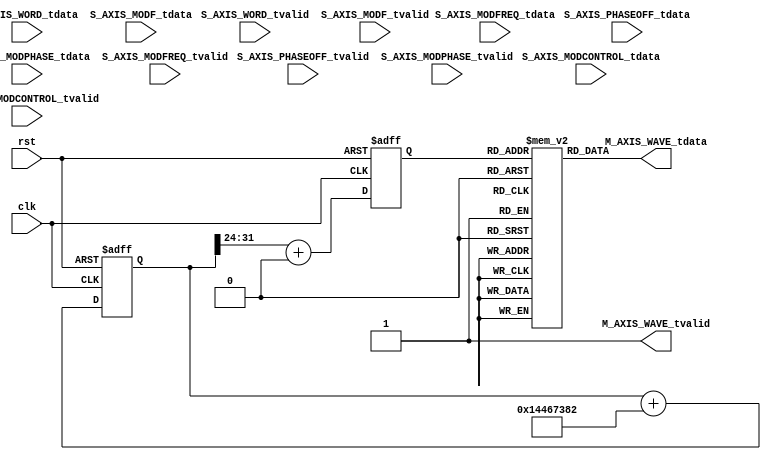
`timescale 1ns / 1ps

module NCO_axis#
(parameter AXIS_TDATA_WIDTH = 32,
parameter ACCUM_WIDTH = 32,
//////////////////////////////////
parameter PHASE_BITS = 8,
parameter AMPLITUDE_BITS = 14, 
//When have time, implement this
/////////////////////////////////
parameter VAR_WORD = 0,
parameter WORD = 340161410,
parameter VAR_OFF = 0,
parameter OFFSET = 0,
parameter WAVE = 0, //0 is Sine, 1 is Square, 2 is Sawtooth, 3 is triangle
///////////////////////////////
//MODULATION PARAMS
parameter FIXED_MOD = 0, //0 for internal (Full range), 1 for external (360degrees/1V , 953Hz/1V) 8192*4
parameter MOD_FREQ = 60, //KHz
parameter PM = 0,
parameter PM_phase = 60, //deg
parameter FM = 0,
parameter FM_frequency = 300, //KHz
parameter EXT_SOURCE = 0) //0 for lower 14 bits, 1 for upper 14 bits, 2 for externally controlled modulation (full range)
(input clk, 
input rst, 
(* X_INTERFACE_PARAMETER = "FREQ_HZ 125000000" *)
input [AXIS_TDATA_WIDTH-1:0] S_AXIS_WORD_tdata,
input S_AXIS_WORD_tvalid,
(* X_INTERFACE_PARAMETER = "FREQ_HZ 125000000" *)
input [AXIS_TDATA_WIDTH-1:0] S_AXIS_PHASEOFF_tdata,
input S_AXIS_PHASEOFF_tvalid,
(* X_INTERFACE_PARAMETER = "FREQ_HZ 125000000" *)
input [AXIS_TDATA_WIDTH-1:0] S_AXIS_MODF_tdata, //Rate of Modulation frequency word
input S_AXIS_MODF_tvalid,
(* X_INTERFACE_PARAMETER = "FREQ_HZ 125000000" *)
input [AXIS_TDATA_WIDTH-1:0] S_AXIS_MODPHASE_tdata, //Modulation parameters [0:7] = PHASE DEPTH, 
input S_AXIS_MODPHASE_tvalid,
(* X_INTERFACE_PARAMETER = "FREQ_HZ 125000000" *)
input [AXIS_TDATA_WIDTH-1:0] S_AXIS_MODFREQ_tdata, //FM word  
input S_AXIS_MODFREQ_tvalid,  
(* X_INTERFACE_PARAMETER = "FREQ_HZ 125000000" *)
input [AXIS_TDATA_WIDTH-1:0] S_AXIS_MODCONTROL_tdata, //Modulation control signal
input S_AXIS_MODCONTROL_tvalid,
(* X_INTERFACE_PARAMETER = "FREQ_HZ 125000000" *)
output wire [AXIS_TDATA_WIDTH-1:0] M_AXIS_WAVE_tdata, //contains sine and cosine ref
output wire M_AXIS_WAVE_tvalid); 

//localparam integer PHASE_BITS = 8;
localparam integer LUT_LENGTH = $pow(2,PHASE_BITS)-1;
reg [ACCUM_WIDTH-1:0] mod_phase = 0;
reg [ACCUM_WIDTH-1:0] phase = 0;
reg [PHASE_BITS-1:0] lookup = 0; 
reg [31:0] COSLUT [LUT_LENGTH:0];

reg[14:0] TWAVE1;
reg[14:0] TWAVE2;

if(WAVE == 0) assign M_AXIS_WAVE_tdata = COSLUT[lookup]; //Sine
else if (WAVE == 1) assign M_AXIS_WAVE_tdata = {2'd0,{14{COSLUT[lookup][29]}},2'd0,{14{COSLUT[lookup][13]}}}; //Square
else if (WAVE == 2) assign M_AXIS_WAVE_tdata = {2'd0,phase[ACCUM_WIDTH-1:18],2'd0,phase[ACCUM_WIDTH-1:18]+14'd4096,2'd0}; //Sawtooth
else if (WAVE == 3) assign M_AXIS_WAVE_tdata = {2'd0,TWAVE2,2'd0,TWAVE1}; //Sawtooth
assign M_AXIS_WAVE_tvalid = 1'b1;

generate 
if(WAVE == 3) begin
    always @ (posedge clk or posedge rst) begin
        TWAVE2 <= {1'b0,phase[ACCUM_WIDTH-2:18]};
        TWAVE1 <= {1'b0,phase[ACCUM_WIDTH-2:18]}+14'd4096;
    end
end
if(!PM && !FM) begin //No modulation
    always @ (posedge clk or posedge rst) begin
        //$display("No mod");
        if(rst) begin
            phase <= 0;
            lookup <= 0;
        end
        else begin
            if(VAR_WORD == 1 ) begin        
                    phase <= phase + S_AXIS_WORD_tdata;
                    if(VAR_OFF == 1) lookup <= phase[ACCUM_WIDTH-1:ACCUM_WIDTH-PHASE_BITS]+S_AXIS_PHASEOFF_tdata[PHASE_BITS-1:0];
                    else lookup <= phase[ACCUM_WIDTH-1:ACCUM_WIDTH-PHASE_BITS]+OFFSET;
                    
            end
            else begin       
                    phase <= phase + WORD;
                    
                    if(VAR_OFF == 1) lookup <= phase[ACCUM_WIDTH-1:ACCUM_WIDTH-PHASE_BITS]+S_AXIS_PHASEOFF_tdata[PHASE_BITS-1:0];
                    else lookup <= phase[ACCUM_WIDTH-1:ACCUM_WIDTH-PHASE_BITS]+OFFSET;
            end
        end
    end
end
else if(FIXED_MOD) begin //Modulation done via parameters and full range
    if(EXT_SOURCE != 2) begin 
        localparam integer mod_phaseword = (MOD_FREQ * 1000 * $pow(2,ACCUM_WIDTH)) / (125000000); 
        localparam integer FM_freq_word = (FM_frequency * 1000 * $pow(2,ACCUM_WIDTH)) / (125000000); 
        localparam integer PM_OFFSET_INT = PM_phase*($pow(2,PHASE_BITS)-1)/360;
        
        
        //Generate for internal or external control, PM or FM
        always @ (posedge clk or posedge rst) begin
            //$display("Fixed mod");
            if(rst) begin
                phase <= 0;
                lookup <= 0;
                mod_phase <= 0;
            end
            else begin
                if(PM || FM) begin 
                    mod_phase <= mod_phase + mod_phaseword;
                end
                if(VAR_WORD == 1 ) begin
                        //$display("adjustment %d, %b", FM_freq_word*mod_phase[31],FM_freq_word*mod_phase[31]);        
                        phase <= phase + S_AXIS_WORD_tdata + FM_freq_word*(mod_phase[ACCUM_WIDTH-1]&FM);
                        if(VAR_OFF == 1) lookup <= phase[ACCUM_WIDTH-1:ACCUM_WIDTH-PHASE_BITS]+S_AXIS_PHASEOFF_tdata[PHASE_BITS-1:0]+ PM_OFFSET_INT*(mod_phase[ACCUM_WIDTH-1]&PM);
                        else lookup <= phase[ACCUM_WIDTH-1:ACCUM_WIDTH-PHASE_BITS] + OFFSET + PM_OFFSET_INT*(mod_phase[ACCUM_WIDTH-1]&PM);
                        
                end
                else begin    
                        //$display("adjustment %d, %b", PM_phase*255/360,PM_phase*255/360); 
                        phase <= phase + WORD + FM_freq_word*(mod_phase[ACCUM_WIDTH-1]&FM);
                        
                        if(VAR_OFF == 1) lookup <= phase[ACCUM_WIDTH-1:ACCUM_WIDTH-PHASE_BITS]+S_AXIS_PHASEOFF_tdata[PHASE_BITS-1:0]+ PM_OFFSET_INT*(mod_phase[ACCUM_WIDTH-1]&PM);
                        else lookup <= phase[ACCUM_WIDTH-1:ACCUM_WIDTH-PHASE_BITS]+OFFSET+ PM_OFFSET_INT*(mod_phase[ACCUM_WIDTH-1]&PM);
                end
            end
        end
    end
    else begin
        always @ (posedge clk or posedge rst) begin
            //$display("External Mod, full range");
            if(rst) begin
                phase <= 0;
                lookup <= 0;
                mod_phase <= 0;
            end
            else begin
                if(PM || FM) begin 
                    mod_phase <= mod_phase + S_AXIS_MODF_tdata;
                end
                if(VAR_WORD == 1 ) begin
                        //$display("adjustment %d, %b", FM_freq_word*mod_phase[31],FM_freq_word*mod_phase[31]);        
                        phase <= phase + S_AXIS_WORD_tdata + S_AXIS_MODFREQ_tdata*(mod_phase[ACCUM_WIDTH-1]&FM);
                        if(VAR_OFF == 1) lookup <= phase[ACCUM_WIDTH-1:ACCUM_WIDTH-PHASE_BITS]+S_AXIS_PHASEOFF_tdata[PHASE_BITS-1:0]+ S_AXIS_MODPHASE_tdata*(mod_phase[ACCUM_WIDTH-1]&PM);
                        else lookup <= phase[ACCUM_WIDTH-1:ACCUM_WIDTH-PHASE_BITS] + OFFSET + S_AXIS_MODPHASE_tdata*(mod_phase[ACCUM_WIDTH-1]&PM);
                        
                end
                else begin    
                        //$display("adjustment %d, %b", PM_phase*255/360,PM_phase*255/360); 
                        phase <= phase + WORD + S_AXIS_MODFREQ_tdata*(mod_phase[ACCUM_WIDTH-1]&FM);
                        
                        if(VAR_OFF == 1) lookup <= phase[ACCUM_WIDTH-1:ACCUM_WIDTH-PHASE_BITS]+S_AXIS_PHASEOFF_tdata[PHASE_BITS-1:0]+ S_AXIS_MODPHASE_tdata*(mod_phase[ACCUM_WIDTH-1]&PM);
                        else lookup <= phase[ACCUM_WIDTH-1:ACCUM_WIDTH-PHASE_BITS]+OFFSET+ S_AXIS_MODPHASE_tdata*(mod_phase[ACCUM_WIDTH-1]&PM);
                end
            end
        end    
    end
end
else begin //Modulation done via external commands
    reg [ACCUM_WIDTH-1:0] FREQ_MOD_SCALED;
    reg [PHASE_BITS-1:0] PHASE_MOD_SCALED;
    reg sign;
   always @ (posedge clk or posedge rst) begin
        if(rst) begin
            phase <= 0;
            lookup <= 0;
            mod_phase <= 0;
            FREQ_MOD_SCALED <= 0;
            PHASE_MOD_SCALED <=0;
        end
        else begin
            //$display("Freq adjust %d, sign %b", FREQ_MOD_SCALED, sign);
            //$display("Phase adjust %d, sign %b", PHASE_MOD_SCALED, sign);
            if(PM || FM) begin 
                mod_phase <= mod_phase + S_AXIS_MODF_tdata;
                if(EXT_SOURCE == 0 && S_AXIS_MODCONTROL_tdata[13] == 0) begin //Take lower bits of data, don't account for sign here
                    //Pretty cool algorithm tbh, basically approximate freq words with bit shifts according to control source, will converge for large number of control bits, should be pretty good with 14 bits
                    //Accurate to about 12Hz
                    sign <= S_AXIS_MODCONTROL_tdata[13];
                    FREQ_MOD_SCALED <= (S_AXIS_MODCONTROL_tdata[12] ? (S_AXIS_MODFREQ_tdata >> 1) : 0)  + (S_AXIS_MODCONTROL_tdata[11] ? (S_AXIS_MODFREQ_tdata >> 2) : 0) +  
                                        (S_AXIS_MODCONTROL_tdata[10] ? (S_AXIS_MODFREQ_tdata >> 3) : 0)  + (S_AXIS_MODCONTROL_tdata[9] ? (S_AXIS_MODFREQ_tdata >> 4) : 0) +
                                        (S_AXIS_MODCONTROL_tdata[8] ? (S_AXIS_MODFREQ_tdata >> 5) : 0)  + (S_AXIS_MODCONTROL_tdata[7] ? (S_AXIS_MODFREQ_tdata >> 6) : 0) +
                                        (S_AXIS_MODCONTROL_tdata[6] ? (S_AXIS_MODFREQ_tdata >> 7) : 0)  + (S_AXIS_MODCONTROL_tdata[5] ? (S_AXIS_MODFREQ_tdata >> 8) : 0) +
                                        (S_AXIS_MODCONTROL_tdata[4] ? (S_AXIS_MODFREQ_tdata >> 9) : 0)  + (S_AXIS_MODCONTROL_tdata[3] ? (S_AXIS_MODFREQ_tdata >> 10) : 0) +
                                        (S_AXIS_MODCONTROL_tdata[2] ? (S_AXIS_MODFREQ_tdata >> 11) : 0)  + (S_AXIS_MODCONTROL_tdata[1] ? (S_AXIS_MODFREQ_tdata >> 12) : 0) +
                                        (S_AXIS_MODCONTROL_tdata[0] ? (S_AXIS_MODFREQ_tdata >> 13) : 0) +
                                        //////////////////////////////////////////////////////////////////
                                        //Extend Approximation
                                        (S_AXIS_MODCONTROL_tdata[12] ? (S_AXIS_MODFREQ_tdata >> 14) : 0)  + (S_AXIS_MODCONTROL_tdata[11] ? (S_AXIS_MODFREQ_tdata >> 15) : 0) +  
                                        (S_AXIS_MODCONTROL_tdata[10] ? (S_AXIS_MODFREQ_tdata >> 16) : 0)  + (S_AXIS_MODCONTROL_tdata[9] ? (S_AXIS_MODFREQ_tdata >> 17) : 0) +
                                        (S_AXIS_MODCONTROL_tdata[8] ? (S_AXIS_MODFREQ_tdata >> 18) : 0)  + (S_AXIS_MODCONTROL_tdata[7] ? (S_AXIS_MODFREQ_tdata >> 19) : 0) +
                                        (S_AXIS_MODCONTROL_tdata[6] ? (S_AXIS_MODFREQ_tdata >> 20) : 0)  + (S_AXIS_MODCONTROL_tdata[5] ? (S_AXIS_MODFREQ_tdata >> 21) : 0) +
                                        (S_AXIS_MODCONTROL_tdata[4] ? (S_AXIS_MODFREQ_tdata >> 22) : 0)  + (S_AXIS_MODCONTROL_tdata[3] ? (S_AXIS_MODFREQ_tdata >> 23) : 0) +
                                        (S_AXIS_MODCONTROL_tdata[2] ? (S_AXIS_MODFREQ_tdata >> 24) : 0)  + (S_AXIS_MODCONTROL_tdata[1] ? (S_AXIS_MODFREQ_tdata >> 25) : 0) +
                                        (S_AXIS_MODCONTROL_tdata[0] ? (S_AXIS_MODFREQ_tdata >> 26) : 0);
                    PHASE_MOD_SCALED <= (S_AXIS_MODCONTROL_tdata[12] ? (S_AXIS_MODPHASE_tdata[PHASE_BITS-1:0] >> 1) : 0)  + (S_AXIS_MODCONTROL_tdata[11] ? (S_AXIS_MODPHASE_tdata[PHASE_BITS-1:0] >> 2) : 0) +  
                                        (S_AXIS_MODCONTROL_tdata[10] ? (S_AXIS_MODPHASE_tdata[PHASE_BITS-1:0] >> 3) : 0)  + (S_AXIS_MODCONTROL_tdata[9] ? (S_AXIS_MODPHASE_tdata[PHASE_BITS-1:0] >> 4) : 0) +
                                        (S_AXIS_MODCONTROL_tdata[8] ? (S_AXIS_MODPHASE_tdata[PHASE_BITS-1:0] >> 5) : 0)  + (S_AXIS_MODCONTROL_tdata[7] ? (S_AXIS_MODPHASE_tdata[PHASE_BITS-1:0] >> 6) : 0) +
                                        (S_AXIS_MODCONTROL_tdata[6] ? (S_AXIS_MODPHASE_tdata[PHASE_BITS-1:0] >> 7) : 0)  + (S_AXIS_MODCONTROL_tdata[5] ? (S_AXIS_MODPHASE_tdata[PHASE_BITS-1:0] >> 8) : 0) +
                                        (S_AXIS_MODCONTROL_tdata[4] ? (S_AXIS_MODPHASE_tdata[PHASE_BITS-1:0] >> 9) : 0)  + (S_AXIS_MODCONTROL_tdata[3] ? (S_AXIS_MODPHASE_tdata[PHASE_BITS-1:0] >> 10) : 0) +
                                        (S_AXIS_MODCONTROL_tdata[2] ? (S_AXIS_MODPHASE_tdata[PHASE_BITS-1:0] >> 11) : 0)  + (S_AXIS_MODCONTROL_tdata[1] ? (S_AXIS_MODPHASE_tdata[PHASE_BITS-1:0] >> 12) : 0) +
                                        (S_AXIS_MODCONTROL_tdata[0] ? (S_AXIS_MODPHASE_tdata[PHASE_BITS-1:0] >> 13) : 0);
                
                end
                else if(EXT_SOURCE == 0 && S_AXIS_MODCONTROL_tdata[13] == 1) begin
                    sign <= S_AXIS_MODCONTROL_tdata[13];
                    FREQ_MOD_SCALED <= (~S_AXIS_MODCONTROL_tdata[12] ? (S_AXIS_MODFREQ_tdata >> 1) : 0)  + (~S_AXIS_MODCONTROL_tdata[11] ? (S_AXIS_MODFREQ_tdata >> 2) : 0) +  
                                        (~S_AXIS_MODCONTROL_tdata[10] ? (S_AXIS_MODFREQ_tdata >> 3) : 0)  + (~S_AXIS_MODCONTROL_tdata[9] ? (S_AXIS_MODFREQ_tdata >> 4) : 0) +
                                        (~S_AXIS_MODCONTROL_tdata[8] ? (S_AXIS_MODFREQ_tdata >> 5) : 0)  + (~S_AXIS_MODCONTROL_tdata[7] ? (S_AXIS_MODFREQ_tdata >> 6) : 0) +
                                        (~S_AXIS_MODCONTROL_tdata[6] ? (S_AXIS_MODFREQ_tdata >> 7) : 0)  + (~S_AXIS_MODCONTROL_tdata[5] ? (S_AXIS_MODFREQ_tdata >> 8) : 0) +
                                        (~S_AXIS_MODCONTROL_tdata[4] ? (S_AXIS_MODFREQ_tdata >> 9) : 0)  + (~S_AXIS_MODCONTROL_tdata[3] ? (S_AXIS_MODFREQ_tdata >> 10) : 0) +
                                        (~S_AXIS_MODCONTROL_tdata[2] ? (S_AXIS_MODFREQ_tdata >> 11) : 0)  + (~S_AXIS_MODCONTROL_tdata[1] ? (S_AXIS_MODFREQ_tdata >> 12) : 0) +
                                        (~S_AXIS_MODCONTROL_tdata[0] ? (S_AXIS_MODFREQ_tdata >> 13) : 0) +
                                        //////////////////////////////////////////////////////////////////
                                        //Extend Approximation
                                        (~S_AXIS_MODCONTROL_tdata[12] ? (S_AXIS_MODFREQ_tdata >> 14) : 0)  + (~S_AXIS_MODCONTROL_tdata[11] ? (S_AXIS_MODFREQ_tdata >> 15) : 0) +  
                                        (~S_AXIS_MODCONTROL_tdata[10] ? (S_AXIS_MODFREQ_tdata >> 16) : 0)  + (~S_AXIS_MODCONTROL_tdata[9] ? (S_AXIS_MODFREQ_tdata >> 17) : 0) +
                                        (~S_AXIS_MODCONTROL_tdata[8] ? (S_AXIS_MODFREQ_tdata >> 18) : 0)  + (~S_AXIS_MODCONTROL_tdata[7] ? (S_AXIS_MODFREQ_tdata >> 19) : 0) +
                                        (~S_AXIS_MODCONTROL_tdata[6] ? (S_AXIS_MODFREQ_tdata >> 20) : 0)  + (~S_AXIS_MODCONTROL_tdata[5] ? (S_AXIS_MODFREQ_tdata >> 21) : 0) +
                                        (~S_AXIS_MODCONTROL_tdata[4] ? (S_AXIS_MODFREQ_tdata >> 22) : 0)  + (~S_AXIS_MODCONTROL_tdata[3] ? (S_AXIS_MODFREQ_tdata >> 23) : 0) +
                                        (~S_AXIS_MODCONTROL_tdata[2] ? (S_AXIS_MODFREQ_tdata >> 24) : 0)  + (~S_AXIS_MODCONTROL_tdata[1] ? (S_AXIS_MODFREQ_tdata >> 25) : 0) +
                                        (~S_AXIS_MODCONTROL_tdata[0] ? (S_AXIS_MODFREQ_tdata >> 26) : 0);
                                        
                    PHASE_MOD_SCALED <= (~S_AXIS_MODCONTROL_tdata[12] ? (S_AXIS_MODPHASE_tdata[PHASE_BITS-1:0] >> 1) : 0)  + (~S_AXIS_MODCONTROL_tdata[11] ? (S_AXIS_MODPHASE_tdata[PHASE_BITS-1:0] >> 2) : 0) +  
                                        (~S_AXIS_MODCONTROL_tdata[10] ? (S_AXIS_MODPHASE_tdata[PHASE_BITS-1:0] >> 3) : 0)  + (~S_AXIS_MODCONTROL_tdata[9] ? (S_AXIS_MODPHASE_tdata[PHASE_BITS-1:0] >> 4) : 0) +
                                        (~S_AXIS_MODCONTROL_tdata[8] ? (S_AXIS_MODPHASE_tdata[PHASE_BITS-1:0] >> 5) : 0)  + (~S_AXIS_MODCONTROL_tdata[7] ? (S_AXIS_MODPHASE_tdata[PHASE_BITS-1:0] >> 6) : 0) +
                                        (~S_AXIS_MODCONTROL_tdata[6] ? (S_AXIS_MODPHASE_tdata[PHASE_BITS-1:0] >> 7) : 0)  + (~S_AXIS_MODCONTROL_tdata[5] ? (S_AXIS_MODPHASE_tdata[PHASE_BITS-1:0] >> 8) : 0) +
                                        (~S_AXIS_MODCONTROL_tdata[4] ? (S_AXIS_MODPHASE_tdata[PHASE_BITS-1:0] >> 9) : 0)  + (~S_AXIS_MODCONTROL_tdata[3] ? (S_AXIS_MODPHASE_tdata[PHASE_BITS-1:0] >> 10) : 0) +
                                        (~S_AXIS_MODCONTROL_tdata[2] ? (S_AXIS_MODPHASE_tdata[PHASE_BITS-1:0] >> 11) : 0)  + (~S_AXIS_MODCONTROL_tdata[1] ? (S_AXIS_MODPHASE_tdata[PHASE_BITS-1:0] >> 12) : 0) +
                                        (~S_AXIS_MODCONTROL_tdata[0] ? (S_AXIS_MODPHASE_tdata[PHASE_BITS-1:0] >> 13) : 0);
                end
                else if(EXT_SOURCE == 1 && S_AXIS_MODCONTROL_tdata[29] == 0) begin
                    sign <= S_AXIS_MODCONTROL_tdata[29];
                    FREQ_MOD_SCALED <= (S_AXIS_MODCONTROL_tdata[28] ? (S_AXIS_MODFREQ_tdata >> 1) : 0)  + (S_AXIS_MODCONTROL_tdata[27] ? (S_AXIS_MODFREQ_tdata >> 2) : 0) +  
                                        (S_AXIS_MODCONTROL_tdata[26] ? (S_AXIS_MODFREQ_tdata >> 3) : 0)  + (S_AXIS_MODCONTROL_tdata[25] ? (S_AXIS_MODFREQ_tdata >> 4) : 0) +
                                        (S_AXIS_MODCONTROL_tdata[24] ? (S_AXIS_MODFREQ_tdata >> 5) : 0)  + (S_AXIS_MODCONTROL_tdata[23] ? (S_AXIS_MODFREQ_tdata >> 6) : 0) +
                                        (S_AXIS_MODCONTROL_tdata[22] ? (S_AXIS_MODFREQ_tdata >> 7) : 0)  + (S_AXIS_MODCONTROL_tdata[21] ? (S_AXIS_MODFREQ_tdata >> 8) : 0) +
                                        (S_AXIS_MODCONTROL_tdata[20] ? (S_AXIS_MODFREQ_tdata >> 9) : 0)  + (S_AXIS_MODCONTROL_tdata[19] ? (S_AXIS_MODFREQ_tdata >> 10) : 0) +
                                        (S_AXIS_MODCONTROL_tdata[18] ? (S_AXIS_MODFREQ_tdata >> 11) : 0)  + (S_AXIS_MODCONTROL_tdata[17] ? (S_AXIS_MODFREQ_tdata >> 12) : 0) +
                                        (S_AXIS_MODCONTROL_tdata[16] ? (S_AXIS_MODFREQ_tdata >> 13) : 0) + 
                                        (S_AXIS_MODCONTROL_tdata[28] ? (S_AXIS_MODFREQ_tdata >> 14) : 0)  + (S_AXIS_MODCONTROL_tdata[27] ? (S_AXIS_MODFREQ_tdata >> 15) : 0) +  
                                        (S_AXIS_MODCONTROL_tdata[26] ? (S_AXIS_MODFREQ_tdata >> 16) : 0)  + (S_AXIS_MODCONTROL_tdata[25] ? (S_AXIS_MODFREQ_tdata >> 17) : 0) +
                                        (S_AXIS_MODCONTROL_tdata[24] ? (S_AXIS_MODFREQ_tdata >> 18) : 0)  + (S_AXIS_MODCONTROL_tdata[23] ? (S_AXIS_MODFREQ_tdata >> 19) : 0) +
                                        (S_AXIS_MODCONTROL_tdata[22] ? (S_AXIS_MODFREQ_tdata >> 20) : 0)  + (S_AXIS_MODCONTROL_tdata[21] ? (S_AXIS_MODFREQ_tdata >> 21) : 0) +
                                        (S_AXIS_MODCONTROL_tdata[20] ? (S_AXIS_MODFREQ_tdata >> 22) : 0)  + (S_AXIS_MODCONTROL_tdata[19] ? (S_AXIS_MODFREQ_tdata >> 23) : 0) +
                                        (S_AXIS_MODCONTROL_tdata[18] ? (S_AXIS_MODFREQ_tdata >> 24) : 0)  + (S_AXIS_MODCONTROL_tdata[17] ? (S_AXIS_MODFREQ_tdata >> 25) : 0) +
                                        (S_AXIS_MODCONTROL_tdata[16] ? (S_AXIS_MODFREQ_tdata >> 26) : 0);
                    PHASE_MOD_SCALED <= (S_AXIS_MODCONTROL_tdata[28] ? (S_AXIS_MODPHASE_tdata[PHASE_BITS-1:0] >> 1) : 0)  + (S_AXIS_MODCONTROL_tdata[27] ? (S_AXIS_MODPHASE_tdata[PHASE_BITS-1:0] >> 2) : 0) +  
                                        (S_AXIS_MODCONTROL_tdata[26] ? (S_AXIS_MODPHASE_tdata[PHASE_BITS-1:0] >> 3) : 0)  + (S_AXIS_MODCONTROL_tdata[25] ? (S_AXIS_MODPHASE_tdata[PHASE_BITS-1:0] >> 4) : 0) +
                                        (S_AXIS_MODCONTROL_tdata[24] ? (S_AXIS_MODPHASE_tdata[PHASE_BITS-1:0] >> 5) : 0)  + (S_AXIS_MODCONTROL_tdata[23] ? (S_AXIS_MODPHASE_tdata[PHASE_BITS-1:0] >> 6) : 0) +
                                        (S_AXIS_MODCONTROL_tdata[22] ? (S_AXIS_MODPHASE_tdata[PHASE_BITS-1:0] >> 7) : 0)  + (S_AXIS_MODCONTROL_tdata[21] ? (S_AXIS_MODPHASE_tdata[PHASE_BITS-1:0] >> 8) : 0) +
                                        (S_AXIS_MODCONTROL_tdata[20] ? (S_AXIS_MODPHASE_tdata[PHASE_BITS-1:0] >> 9) : 0)  + (S_AXIS_MODCONTROL_tdata[19] ? (S_AXIS_MODPHASE_tdata[PHASE_BITS-1:0] >> 10) : 0) +
                                        (S_AXIS_MODCONTROL_tdata[18] ? (S_AXIS_MODPHASE_tdata[PHASE_BITS-1:0] >> 11) : 0)  + (S_AXIS_MODCONTROL_tdata[17] ? (S_AXIS_MODPHASE_tdata[PHASE_BITS-1:0] >> 12) : 0) +
                                        (S_AXIS_MODCONTROL_tdata[16] ? (S_AXIS_MODPHASE_tdata[PHASE_BITS-1:0] >> 13) : 0);
                end
                else if(EXT_SOURCE == 1 && S_AXIS_MODCONTROL_tdata[29] == 1) begin
                    sign <= S_AXIS_MODCONTROL_tdata[29];
                    FREQ_MOD_SCALED <= (~S_AXIS_MODCONTROL_tdata[28] ? (S_AXIS_MODFREQ_tdata >> 1) : 0)  + (~S_AXIS_MODCONTROL_tdata[27] ? (S_AXIS_MODFREQ_tdata >> 2) : 0) +  
                                        (~S_AXIS_MODCONTROL_tdata[26] ? (S_AXIS_MODFREQ_tdata >> 3) : 0)  + (~S_AXIS_MODCONTROL_tdata[25] ? (S_AXIS_MODFREQ_tdata >> 4) : 0) +
                                        (~S_AXIS_MODCONTROL_tdata[24] ? (S_AXIS_MODFREQ_tdata >> 5) : 0)  + (~S_AXIS_MODCONTROL_tdata[23] ? (S_AXIS_MODFREQ_tdata >> 6) : 0) +
                                        (~S_AXIS_MODCONTROL_tdata[22] ? (S_AXIS_MODFREQ_tdata >> 7) : 0)  + (~S_AXIS_MODCONTROL_tdata[21] ? (S_AXIS_MODFREQ_tdata >> 8) : 0) +
                                        (~S_AXIS_MODCONTROL_tdata[20] ? (S_AXIS_MODFREQ_tdata >> 9) : 0)  + (~S_AXIS_MODCONTROL_tdata[19] ? (S_AXIS_MODFREQ_tdata >> 10) : 0) +
                                        (~S_AXIS_MODCONTROL_tdata[18] ? (S_AXIS_MODFREQ_tdata >> 11) : 0)  + (~S_AXIS_MODCONTROL_tdata[17] ? (S_AXIS_MODFREQ_tdata >> 12) : 0) +
                                        (~S_AXIS_MODCONTROL_tdata[16] ? (S_AXIS_MODFREQ_tdata >> 13) : 0) +
                                        (~S_AXIS_MODCONTROL_tdata[28] ? (S_AXIS_MODFREQ_tdata >> 14) : 0)  + (~S_AXIS_MODCONTROL_tdata[15] ? (S_AXIS_MODFREQ_tdata >> 2) : 0) +  
                                        (~S_AXIS_MODCONTROL_tdata[26] ? (S_AXIS_MODFREQ_tdata >> 16) : 0)  + (~S_AXIS_MODCONTROL_tdata[17] ? (S_AXIS_MODFREQ_tdata >> 4) : 0) +
                                        (~S_AXIS_MODCONTROL_tdata[24] ? (S_AXIS_MODFREQ_tdata >> 18) : 0)  + (~S_AXIS_MODCONTROL_tdata[19] ? (S_AXIS_MODFREQ_tdata >> 6) : 0) +
                                        (~S_AXIS_MODCONTROL_tdata[22] ? (S_AXIS_MODFREQ_tdata >> 20) : 0)  + (~S_AXIS_MODCONTROL_tdata[21] ? (S_AXIS_MODFREQ_tdata >> 8) : 0) +
                                        (~S_AXIS_MODCONTROL_tdata[20] ? (S_AXIS_MODFREQ_tdata >> 22) : 0)  + (~S_AXIS_MODCONTROL_tdata[23] ? (S_AXIS_MODFREQ_tdata >> 10) : 0) +
                                        (~S_AXIS_MODCONTROL_tdata[18] ? (S_AXIS_MODFREQ_tdata >> 24) : 0)  + (~S_AXIS_MODCONTROL_tdata[25] ? (S_AXIS_MODFREQ_tdata >> 12) : 0) +
                                        (~S_AXIS_MODCONTROL_tdata[16] ? (S_AXIS_MODFREQ_tdata >> 26) : 0);
                    PHASE_MOD_SCALED <= (~S_AXIS_MODCONTROL_tdata[28] ? (S_AXIS_MODPHASE_tdata[PHASE_BITS-1:0] >> 1) : 0)  + (~S_AXIS_MODCONTROL_tdata[27] ? (S_AXIS_MODPHASE_tdata[PHASE_BITS-1:0] >> 2) : 0) +  
                                        (~S_AXIS_MODCONTROL_tdata[26] ? (S_AXIS_MODPHASE_tdata[PHASE_BITS-1:0] >> 3) : 0)  + (~S_AXIS_MODCONTROL_tdata[25] ? (S_AXIS_MODPHASE_tdata[PHASE_BITS-1:0] >> 4) : 0) +
                                        (~S_AXIS_MODCONTROL_tdata[24] ? (S_AXIS_MODPHASE_tdata[PHASE_BITS-1:0] >> 5) : 0)  + (~S_AXIS_MODCONTROL_tdata[23] ? (S_AXIS_MODPHASE_tdata[PHASE_BITS-1:0] >> 6) : 0) +
                                        (~S_AXIS_MODCONTROL_tdata[22] ? (S_AXIS_MODPHASE_tdata[PHASE_BITS-1:0] >> 7) : 0)  + (~S_AXIS_MODCONTROL_tdata[21] ? (S_AXIS_MODPHASE_tdata[PHASE_BITS-1:0] >> 8) : 0) +
                                        (~S_AXIS_MODCONTROL_tdata[20] ? (S_AXIS_MODPHASE_tdata[PHASE_BITS-1:0] >> 9) : 0)  + (~S_AXIS_MODCONTROL_tdata[19] ? (S_AXIS_MODPHASE_tdata[PHASE_BITS-1:0] >> 10) : 0) +
                                        (~S_AXIS_MODCONTROL_tdata[18] ? (S_AXIS_MODPHASE_tdata[PHASE_BITS-1:0] >> 11) : 0)  + (~S_AXIS_MODCONTROL_tdata[17] ? (S_AXIS_MODPHASE_tdata[PHASE_BITS-1:0] >> 12) : 0) +
                                        (~S_AXIS_MODCONTROL_tdata[16] ? (S_AXIS_MODPHASE_tdata[PHASE_BITS-1:0] >> 13) : 0);
                end
                         
            end
            //$display("NCO mod word is %d", phase);
            if(VAR_WORD == 1 ) begin
                    //$display("adjustment %d, %b", FM_freq_word*mod_phase[31],FM_freq_word*mod_phase[31]);
                    if(sign == 0) begin        
                        phase <= phase + S_AXIS_WORD_tdata + FREQ_MOD_SCALED*(FM);
                        if(VAR_OFF == 1) lookup <= phase[ACCUM_WIDTH-1:ACCUM_WIDTH-PHASE_BITS]+S_AXIS_PHASEOFF_tdata[PHASE_BITS-1:0]+ PHASE_MOD_SCALED*(PM);
                        else lookup <= phase[ACCUM_WIDTH-1:ACCUM_WIDTH-PHASE_BITS] + OFFSET + PHASE_MOD_SCALED*(PM);
                    end
                    else begin
                        phase <= phase + S_AXIS_WORD_tdata - FREQ_MOD_SCALED*(FM);
                        if(VAR_OFF == 1) lookup <= phase[ACCUM_WIDTH-1:ACCUM_WIDTH-PHASE_BITS]+S_AXIS_PHASEOFF_tdata[PHASE_BITS-1:0] - PHASE_MOD_SCALED*(PM);
                        else lookup <= phase[ACCUM_WIDTH-1:ACCUM_WIDTH-PHASE_BITS] + OFFSET - PHASE_MOD_SCALED*(PM);
                    end
            end
            else begin    
                    if(sign == 0) begin
                        phase <= phase + WORD + FREQ_MOD_SCALED*(FM);
                        
                        if(VAR_OFF == 1) lookup <= phase[ACCUM_WIDTH-1:ACCUM_WIDTH-PHASE_BITS]+S_AXIS_PHASEOFF_tdata[PHASE_BITS-1:0] + PHASE_MOD_SCALED*(PM);
                        else lookup <= phase[ACCUM_WIDTH-1:ACCUM_WIDTH-PHASE_BITS]+OFFSET + PHASE_MOD_SCALED*(PM);
                    end
                    else begin
                        phase <= phase + WORD - FREQ_MOD_SCALED*(FM);
                        
                        if(VAR_OFF == 1) lookup <= phase[ACCUM_WIDTH-1:ACCUM_WIDTH-PHASE_BITS]+S_AXIS_PHASEOFF_tdata[PHASE_BITS-1:0] - PHASE_MOD_SCALED*(PM);
                        else lookup <= phase[ACCUM_WIDTH-1:ACCUM_WIDTH-PHASE_BITS]+OFFSET - PHASE_MOD_SCALED*(PM);
                    end
            end
        end
    end 
end
endgenerate
///////////////////////////////////////////////////////////////////////////
//LUT generated by python script
initial COSLUT[0] = 32'b00011111111111110000000000000000; //Actual val 8192 
initial COSLUT[1] = 32'b00011111111111010000000011001001; //Actual val 8189 
initial COSLUT[2] = 32'b00011111111101100000000110010011; //Actual val 8182 
initial COSLUT[3] = 32'b00011111111010010000001001011100; //Actual val 8169 
initial COSLUT[4] = 32'b00011111110110000000001100100110; //Actual val 8152 
initial COSLUT[5] = 32'b00011111110000010000001111101110; //Actual val 8129 
initial COSLUT[6] = 32'b00011111101001100000010010110110; //Actual val 8102 
initial COSLUT[7] = 32'b00011111100001100000010101111101; //Actual val 8070 
initial COSLUT[8] = 32'b00011111011000010000011001000100; //Actual val 8033 
initial COSLUT[9] = 32'b00011111001101110000011100001001; //Actual val 7991 
initial COSLUT[10] = 32'b00011111000010000000011111001110; //Actual val 7944 
initial COSLUT[11] = 32'b00011110110101000000100010010001; //Actual val 7892 
initial COSLUT[12] = 32'b00011110100111000000100101010011; //Actual val 7836 
initial COSLUT[13] = 32'b00011110010111110000101000010011; //Actual val 7775 
initial COSLUT[14] = 32'b00011110000111010000101011010010; //Actual val 7709 
initial COSLUT[15] = 32'b00011101110101100000101110001111; //Actual val 7638 
initial COSLUT[16] = 32'b00011101100010110000110001001010; //Actual val 7563 
initial COSLUT[17] = 32'b00011101001110110000110100000011; //Actual val 7483 
initial COSLUT[18] = 32'b00011100111001110000110110111011; //Actual val 7399 
initial COSLUT[19] = 32'b00011100100011100000111001110000; //Actual val 7310 
initial COSLUT[20] = 32'b00011100001100010000111100100011; //Actual val 7217 
initial COSLUT[21] = 32'b00011011110011110000111111010100; //Actual val 7119 
initial COSLUT[22] = 32'b00011011011010010001000010000010; //Actual val 7017 
initial COSLUT[23] = 32'b00011010111111110001000100101110; //Actual val 6911 
initial COSLUT[24] = 32'b00011010100100000001000111010110; //Actual val 6800 
initial COSLUT[25] = 32'b00011010000111100001001001111101; //Actual val 6686 
initial COSLUT[26] = 32'b00011001101001110001001100100000; //Actual val 6567 
initial COSLUT[27] = 32'b00011001001011010001001111000000; //Actual val 6445 
initial COSLUT[28] = 32'b00011000101011100001010001011101; //Actual val 6318 
initial COSLUT[29] = 32'b00011000001011000001010011111000; //Actual val 6188 
initial COSLUT[30] = 32'b00010111101001010001010110001110; //Actual val 6053 
initial COSLUT[31] = 32'b00010111000111000001011000100010; //Actual val 5916 
initial COSLUT[32] = 32'b00010110100011100001011010110010; //Actual val 5774 
initial COSLUT[33] = 32'b00010101111111010001011100111110; //Actual val 5629 
initial COSLUT[34] = 32'b00010101011010010001011111000111; //Actual val 5481 
initial COSLUT[35] = 32'b00010100110100010001100001001101; //Actual val 5329 
initial COSLUT[36] = 32'b00010100001101100001100011001110; //Actual val 5174 
initial COSLUT[37] = 32'b00010011100110000001100101001100; //Actual val 5016 
initial COSLUT[38] = 32'b00010010111101110001100111000101; //Actual val 4855 
initial COSLUT[39] = 32'b00010010010100110001101000111011; //Actual val 4691 
initial COSLUT[40] = 32'b00010001101011000001101010101100; //Actual val 4524 
initial COSLUT[41] = 32'b00010001000000110001101100011010; //Actual val 4355 
initial COSLUT[42] = 32'b00010000010101110001101110000011; //Actual val 4183 
initial COSLUT[43] = 32'b00001111101010000001101111101000; //Actual val 4008 
initial COSLUT[44] = 32'b00001110111101110001110001001000; //Actual val 3831 
initial COSLUT[45] = 32'b00001110010000110001110010100101; //Actual val 3651 
initial COSLUT[46] = 32'b00001101100011010001110011111100; //Actual val 3469 
initial COSLUT[47] = 32'b00001100110101010001110101010000; //Actual val 3285 
initial COSLUT[48] = 32'b00001100000110110001110110011110; //Actual val 3099 
initial COSLUT[49] = 32'b00001011011000000001110111101000; //Actual val 2912 
initial COSLUT[50] = 32'b00001010101000100001111000101110; //Actual val 2722 
initial COSLUT[51] = 32'b00001001111000110001111001101111; //Actual val 2531 
initial COSLUT[52] = 32'b00001001001000100001111010101011; //Actual val 2338 
initial COSLUT[53] = 32'b00001000011000000001111011100010; //Actual val 2144 
initial COSLUT[54] = 32'b00000111100111010001111100010100; //Actual val 1949 
initial COSLUT[55] = 32'b00000110110110000001111101000010; //Actual val 1752 
initial COSLUT[56] = 32'b00000110000100100001111101101011; //Actual val 1554 
initial COSLUT[57] = 32'b00000101010011000001111110001110; //Actual val 1356 
initial COSLUT[58] = 32'b00000100100001000001111110101101; //Actual val 1156 
initial COSLUT[59] = 32'b00000011101111000001111111000111; //Actual val 956 
initial COSLUT[60] = 32'b00000010111100110001111111011101; //Actual val 755 
initial COSLUT[61] = 32'b00000010001010100001111111101101; //Actual val 554 
initial COSLUT[62] = 32'b00000001011000010001111111111000; //Actual val 353 
initial COSLUT[63] = 32'b00000000100101110001111111111110; //Actual val 151 
initial COSLUT[64] = 32'b00111111110011100001111111111111; //Actual val -50 
initial COSLUT[65] = 32'b00111111000001000001111111111100; //Actual val -252 
initial COSLUT[66] = 32'b00111110001110110001111111110011; //Actual val -453 
initial COSLUT[67] = 32'b00111101011100010001111111100101; //Actual val -655 
initial COSLUT[68] = 32'b00111100101010000001111111010011; //Actual val -856 
initial COSLUT[69] = 32'b00111011111000000001111110111011; //Actual val -1056 
initial COSLUT[70] = 32'b00111011000110000001111110011111; //Actual val -1256 
initial COSLUT[71] = 32'b00111010010100010001111101111101; //Actual val -1455 
initial COSLUT[72] = 32'b00111001100010110001111101010111; //Actual val -1653 
initial COSLUT[73] = 32'b00111000110001100001111100101100; //Actual val -1850 
initial COSLUT[74] = 32'b00111000000000010001111011111100; //Actual val -2047 
initial COSLUT[75] = 32'b00110111001111110001111011000111; //Actual val -2241 
initial COSLUT[76] = 32'b00110110011111010001111010001101; //Actual val -2435 
initial COSLUT[77] = 32'b00110101101111010001111001001111; //Actual val -2627 
initial COSLUT[78] = 32'b00110100111111110001111000001100; //Actual val -2817 
initial COSLUT[79] = 32'b00110100010000100001110111000100; //Actual val -3006 
initial COSLUT[80] = 32'b00110011100001110001110101111000; //Actual val -3193 
initial COSLUT[81] = 32'b00110010110011100001110100100111; //Actual val -3378 
initial COSLUT[82] = 32'b00110010000110000001110011010001; //Actual val -3560 
initial COSLUT[83] = 32'b00110001011000110001110001110111; //Actual val -3741 
initial COSLUT[84] = 32'b00110000101100010001110000011001; //Actual val -3919 
initial COSLUT[85] = 32'b00110000000000010001101110110110; //Actual val -4095 
initial COSLUT[86] = 32'b00101111010100110001101101001111; //Actual val -4269 
initial COSLUT[87] = 32'b00101110101010000001101011100100; //Actual val -4440 
initial COSLUT[88] = 32'b00101110000000000001101001110100; //Actual val -4608 
initial COSLUT[89] = 32'b00101101010110100001101000000001; //Actual val -4774 
initial COSLUT[90] = 32'b00101100101110000001100110001001; //Actual val -4936 
initial COSLUT[91] = 32'b00101100000110000001100100001101; //Actual val -5096 
initial COSLUT[92] = 32'b00101011011111000001100010001110; //Actual val -5252 
initial COSLUT[93] = 32'b00101010111000100001100000001010; //Actual val -5406 
initial COSLUT[94] = 32'b00101010010011000001011110000011; //Actual val -5556 
initial COSLUT[95] = 32'b00101001101110100001011011111001; //Actual val -5702 
initial COSLUT[96] = 32'b00101001001010110001011001101010; //Actual val -5845 
initial COSLUT[97] = 32'b00101000100111110001010111011001; //Actual val -5985 
initial COSLUT[98] = 32'b00101000000101110001010101000011; //Actual val -6121 
initial COSLUT[99] = 32'b00100111100100110001010010101011; //Actual val -6253 
initial COSLUT[100] = 32'b00100111000100100001010000001111; //Actual val -6382 
initial COSLUT[101] = 32'b00100110100101100001001101110000; //Actual val -6506 
initial COSLUT[102] = 32'b00100110000111010001001011001111; //Actual val -6627 
initial COSLUT[103] = 32'b00100101101010000001001000101010; //Actual val -6744 
initial COSLUT[104] = 32'b00100101001110000001000110000010; //Actual val -6856 
initial COSLUT[105] = 32'b00100100110011000001000011011000; //Actual val -6964 
initial COSLUT[106] = 32'b00100100011000110001000000101011; //Actual val -7069 
initial COSLUT[107] = 32'b00100100000000000000111101111100; //Actual val -7168 
initial COSLUT[108] = 32'b00100011101000000000111011001010; //Actual val -7264 
initial COSLUT[109] = 32'b00100011010001010000111000010110; //Actual val -7355 
initial COSLUT[110] = 32'b00100010111011100000110101011111; //Actual val -7442 
initial COSLUT[111] = 32'b00100010100111000000110010100111; //Actual val -7524 
initial COSLUT[112] = 32'b00100010010011110000101111101101; //Actual val -7601 
initial COSLUT[113] = 32'b00100010000001100000101100110000; //Actual val -7674 
initial COSLUT[114] = 32'b00100001110000100000101001110011; //Actual val -7742 
initial COSLUT[115] = 32'b00100001100000100000100110110011; //Actual val -7806 
initial COSLUT[116] = 32'b00100001010001110000100011110010; //Actual val -7865 
initial COSLUT[117] = 32'b00100001000100010000100000101111; //Actual val -7919 
initial COSLUT[118] = 32'b00100000111000000000011101101100; //Actual val -7968 
initial COSLUT[119] = 32'b00100000101101000000011010100111; //Actual val -8012 
initial COSLUT[120] = 32'b00100000100011000000010111100001; //Actual val -8052 
initial COSLUT[121] = 32'b00100000011010010000010100011010; //Actual val -8087 
initial COSLUT[122] = 32'b00100000010011000000010001010010; //Actual val -8116 
initial COSLUT[123] = 32'b00100000001100110000001110001010; //Actual val -8141 
initial COSLUT[124] = 32'b00100000000111110000001011000001; //Actual val -8161 
initial COSLUT[125] = 32'b00100000000100000000000111111000; //Actual val -8176 
initial COSLUT[126] = 32'b00100000000001100000000100101110; //Actual val -8186 
initial COSLUT[127] = 32'b00100000000000010000000001100100; //Actual val -8191 
initial COSLUT[128] = 32'b00100000000000010011111110011100; //Actual val -8191 
initial COSLUT[129] = 32'b00100000000001100011111011010010; //Actual val -8186 
initial COSLUT[130] = 32'b00100000000100000011111000001000; //Actual val -8176 
initial COSLUT[131] = 32'b00100000000111110011110100111111; //Actual val -8161 
initial COSLUT[132] = 32'b00100000001100110011110001110110; //Actual val -8141 
initial COSLUT[133] = 32'b00100000010011000011101110101110; //Actual val -8116 
initial COSLUT[134] = 32'b00100000011010010011101011100110; //Actual val -8087 
initial COSLUT[135] = 32'b00100000100011000011101000011111; //Actual val -8052 
initial COSLUT[136] = 32'b00100000101101000011100101011001; //Actual val -8012 
initial COSLUT[137] = 32'b00100000111000000011100010010100; //Actual val -7968 
initial COSLUT[138] = 32'b00100001000100010011011111010001; //Actual val -7919 
initial COSLUT[139] = 32'b00100001010001110011011100001110; //Actual val -7865 
initial COSLUT[140] = 32'b00100001100000100011011001001101; //Actual val -7806 
initial COSLUT[141] = 32'b00100001110000100011010110001101; //Actual val -7742 
initial COSLUT[142] = 32'b00100010000001100011010011010000; //Actual val -7674 
initial COSLUT[143] = 32'b00100010010011110011010000010011; //Actual val -7601 
initial COSLUT[144] = 32'b00100010100111000011001101011001; //Actual val -7524 
initial COSLUT[145] = 32'b00100010111011100011001010100001; //Actual val -7442 
initial COSLUT[146] = 32'b00100011010001010011000111101010; //Actual val -7355 
initial COSLUT[147] = 32'b00100011101000000011000100110110; //Actual val -7264 
initial COSLUT[148] = 32'b00100100000000000011000010000100; //Actual val -7168 
initial COSLUT[149] = 32'b00100100011000110010111111010101; //Actual val -7069 
initial COSLUT[150] = 32'b00100100110011000010111100101000; //Actual val -6964 
initial COSLUT[151] = 32'b00100101001110000010111001111110; //Actual val -6856 
initial COSLUT[152] = 32'b00100101101010000010110111010110; //Actual val -6744 
initial COSLUT[153] = 32'b00100110000111010010110100110001; //Actual val -6627 
initial COSLUT[154] = 32'b00100110100101100010110010010000; //Actual val -6506 
initial COSLUT[155] = 32'b00100111000100100010101111110001; //Actual val -6382 
initial COSLUT[156] = 32'b00100111100100110010101101010101; //Actual val -6253 
initial COSLUT[157] = 32'b00101000000101110010101010111101; //Actual val -6121 
initial COSLUT[158] = 32'b00101000100111110010101000100111; //Actual val -5985 
initial COSLUT[159] = 32'b00101001001010110010100110010110; //Actual val -5845 
initial COSLUT[160] = 32'b00101001101110100010100100000111; //Actual val -5702 
initial COSLUT[161] = 32'b00101010010011000010100001111101; //Actual val -5556 
initial COSLUT[162] = 32'b00101010111000100010011111110110; //Actual val -5406 
initial COSLUT[163] = 32'b00101011011111000010011101110010; //Actual val -5252 
initial COSLUT[164] = 32'b00101100000110000010011011110011; //Actual val -5096 
initial COSLUT[165] = 32'b00101100101110000010011001110111; //Actual val -4936 
initial COSLUT[166] = 32'b00101101010110100010010111111111; //Actual val -4774 
initial COSLUT[167] = 32'b00101110000000000010010110001100; //Actual val -4608 
initial COSLUT[168] = 32'b00101110101010000010010100011100; //Actual val -4440 
initial COSLUT[169] = 32'b00101111010100110010010010110001; //Actual val -4269 
initial COSLUT[170] = 32'b00110000000000000010010001001010; //Actual val -4096 
initial COSLUT[171] = 32'b00110000101100010010001111100111; //Actual val -3919 
initial COSLUT[172] = 32'b00110001011000110010001110001001; //Actual val -3741 
initial COSLUT[173] = 32'b00110010000110000010001100101111; //Actual val -3560 
initial COSLUT[174] = 32'b00110010110011100010001011011001; //Actual val -3378 
initial COSLUT[175] = 32'b00110011100001110010001010001000; //Actual val -3193 
initial COSLUT[176] = 32'b00110100010000100010001000111100; //Actual val -3006 
initial COSLUT[177] = 32'b00110100111111110010000111110100; //Actual val -2817 
initial COSLUT[178] = 32'b00110101101111010010000110110001; //Actual val -2627 
initial COSLUT[179] = 32'b00110110011111010010000101110011; //Actual val -2435 
initial COSLUT[180] = 32'b00110111001111110010000100111001; //Actual val -2241 
initial COSLUT[181] = 32'b00111000000000010010000100000100; //Actual val -2047 
initial COSLUT[182] = 32'b00111000110001100010000011010100; //Actual val -1850 
initial COSLUT[183] = 32'b00111001100010110010000010101001; //Actual val -1653 
initial COSLUT[184] = 32'b00111010010100010010000010000011; //Actual val -1455 
initial COSLUT[185] = 32'b00111011000110000010000001100001; //Actual val -1256 
initial COSLUT[186] = 32'b00111011111000000010000001000101; //Actual val -1056 
initial COSLUT[187] = 32'b00111100101010000010000000101101; //Actual val -856 
initial COSLUT[188] = 32'b00111101011100010010000000011011; //Actual val -655 
initial COSLUT[189] = 32'b00111110001110110010000000001101; //Actual val -453 
initial COSLUT[190] = 32'b00111111000001000010000000000100; //Actual val -252 
initial COSLUT[191] = 32'b00111111110011100010000000000001; //Actual val -50 
initial COSLUT[192] = 32'b00000000100101110010000000000010; //Actual val 151 
initial COSLUT[193] = 32'b00000001011000010010000000001000; //Actual val 353 
initial COSLUT[194] = 32'b00000010001010100010000000010011; //Actual val 554 
initial COSLUT[195] = 32'b00000010111100110010000000100011; //Actual val 755 
initial COSLUT[196] = 32'b00000011101111000010000000111001; //Actual val 956 
initial COSLUT[197] = 32'b00000100100001000010000001010011; //Actual val 1156 
initial COSLUT[198] = 32'b00000101010011000010000001110010; //Actual val 1356 
initial COSLUT[199] = 32'b00000110000100100010000010010101; //Actual val 1554 
initial COSLUT[200] = 32'b00000110110110000010000010111110; //Actual val 1752 
initial COSLUT[201] = 32'b00000111100111010010000011101100; //Actual val 1949 
initial COSLUT[202] = 32'b00001000011000000010000100011110; //Actual val 2144 
initial COSLUT[203] = 32'b00001001001000100010000101010101; //Actual val 2338 
initial COSLUT[204] = 32'b00001001111000110010000110010001; //Actual val 2531 
initial COSLUT[205] = 32'b00001010101000100010000111010010; //Actual val 2722 
initial COSLUT[206] = 32'b00001011011000000010001000011000; //Actual val 2912 
initial COSLUT[207] = 32'b00001100000110110010001001100010; //Actual val 3099 
initial COSLUT[208] = 32'b00001100110101010010001010110000; //Actual val 3285 
initial COSLUT[209] = 32'b00001101100011010010001100000100; //Actual val 3469 
initial COSLUT[210] = 32'b00001110010000110010001101011011; //Actual val 3651 
initial COSLUT[211] = 32'b00001110111101110010001110111000; //Actual val 3831 
initial COSLUT[212] = 32'b00001111101010000010010000011000; //Actual val 4008 
initial COSLUT[213] = 32'b00010000010101110010010001111101; //Actual val 4183 
initial COSLUT[214] = 32'b00010001000000110010010011100110; //Actual val 4355 
initial COSLUT[215] = 32'b00010001101011000010010101010100; //Actual val 4524 
initial COSLUT[216] = 32'b00010010010100110010010111000101; //Actual val 4691 
initial COSLUT[217] = 32'b00010010111101110010011000111011; //Actual val 4855 
initial COSLUT[218] = 32'b00010011100110000010011010110100; //Actual val 5016 
initial COSLUT[219] = 32'b00010100001101100010011100110010; //Actual val 5174 
initial COSLUT[220] = 32'b00010100110100010010011110110011; //Actual val 5329 
initial COSLUT[221] = 32'b00010101011010010010100000111001; //Actual val 5481 
initial COSLUT[222] = 32'b00010101111111010010100011000010; //Actual val 5629 
initial COSLUT[223] = 32'b00010110100011100010100101001110; //Actual val 5774 
initial COSLUT[224] = 32'b00010111000111000010100111011110; //Actual val 5916 
initial COSLUT[225] = 32'b00010111101001010010101001110010; //Actual val 6053 
initial COSLUT[226] = 32'b00011000001011000010101100001000; //Actual val 6188 
initial COSLUT[227] = 32'b00011000101011100010101110100011; //Actual val 6318 
initial COSLUT[228] = 32'b00011001001011010010110001000000; //Actual val 6445 
initial COSLUT[229] = 32'b00011001101001110010110011100000; //Actual val 6567 
initial COSLUT[230] = 32'b00011010000111100010110110000011; //Actual val 6686 
initial COSLUT[231] = 32'b00011010100100000010111000101010; //Actual val 6800 
initial COSLUT[232] = 32'b00011010111111110010111011010010; //Actual val 6911 
initial COSLUT[233] = 32'b00011011011010010010111101111110; //Actual val 7017 
initial COSLUT[234] = 32'b00011011110011110011000000101100; //Actual val 7119 
initial COSLUT[235] = 32'b00011100001100010011000011011101; //Actual val 7217 
initial COSLUT[236] = 32'b00011100100011100011000110010000; //Actual val 7310 
initial COSLUT[237] = 32'b00011100111001110011001001000101; //Actual val 7399 
initial COSLUT[238] = 32'b00011101001110110011001011111101; //Actual val 7483 
initial COSLUT[239] = 32'b00011101100010110011001110110110; //Actual val 7563 
initial COSLUT[240] = 32'b00011101110101100011010001110001; //Actual val 7638 
initial COSLUT[241] = 32'b00011110000111010011010100101110; //Actual val 7709 
initial COSLUT[242] = 32'b00011110010111110011010111101101; //Actual val 7775 
initial COSLUT[243] = 32'b00011110100111000011011010101101; //Actual val 7836 
initial COSLUT[244] = 32'b00011110110101000011011101101111; //Actual val 7892 
initial COSLUT[245] = 32'b00011111000010000011100000110010; //Actual val 7944 
initial COSLUT[246] = 32'b00011111001101110011100011110111; //Actual val 7991 
initial COSLUT[247] = 32'b00011111011000010011100110111100; //Actual val 8033 
initial COSLUT[248] = 32'b00011111100001100011101010000011; //Actual val 8070 
initial COSLUT[249] = 32'b00011111101001100011101101001010; //Actual val 8102 
initial COSLUT[250] = 32'b00011111110000010011110000010010; //Actual val 8129 
initial COSLUT[251] = 32'b00011111110110000011110011011010; //Actual val 8152 
initial COSLUT[252] = 32'b00011111111010010011110110100100; //Actual val 8169 
initial COSLUT[253] = 32'b00011111111101100011111001101101; //Actual val 8182 
initial COSLUT[254] = 32'b00011111111111010011111100110111; //Actual val 8189 
initial COSLUT[255] = 32'b00011111111111110000000000000000; //Actual val 8192  


 endmodule